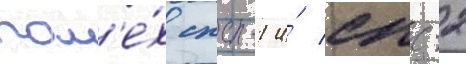
пом'е́х спс-1 и́ спс-2